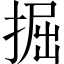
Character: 掘